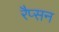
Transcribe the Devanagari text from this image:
रैप्सन